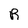
Character: R